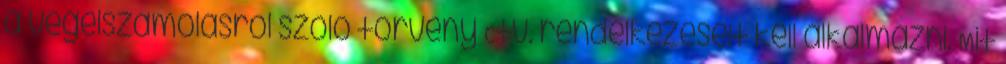
a végelszámolásról szóló törvény Ctv. rendelkezéseit kell alkalmazni. Mit